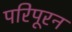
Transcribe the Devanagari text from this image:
परिपूरन